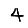
Digit: 4